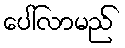
ပေါ်လာမည်